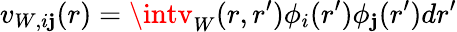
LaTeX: v_{W,i\mathbf{j}}(r)=\intv_{W}(r,r^{\prime})\phi_{i}(r^{\prime})\phi_{\mathbf{j}}(r^{\prime})dr^{\prime}